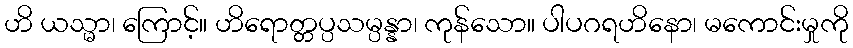
ဟိ ယသ္မာ၊ ကြောင့်။ ဟိရောတ္တပ္ပသမ္ပန္နာ၊ ကုန်သော။ ပါပဂရဟိနော၊ မကောင်းမှုကို